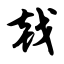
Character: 戟